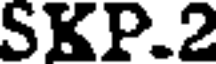
SKP.2